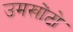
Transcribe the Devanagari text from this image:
उमखोंटो